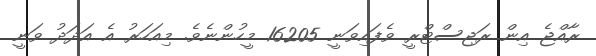
ރާއްޖެ އިން ރަޖިސްޓްރީ ވެފައިވަނީ 16205 މީހުންނެވެ. މިއަހަރު އެ އަދަދު ވަނީ